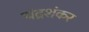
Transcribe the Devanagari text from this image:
चंद्रशंकर